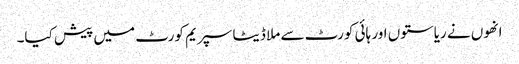
انھوں نے ریاستوں اور ہائی کورٹ سے ملا ڈیٹا سپریم کورٹ میں پیش کیا۔